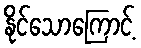
နိုင်သောကြောင့်